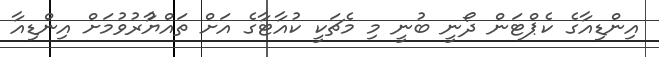
އިންޑިއާގެ ކެޕްޓަން ދޯނީ ބުނީ މި މެޗަކީ ކުއާޓާގެ އަށް ތައްޔާުރުވުމަށް އިންޑިއާ